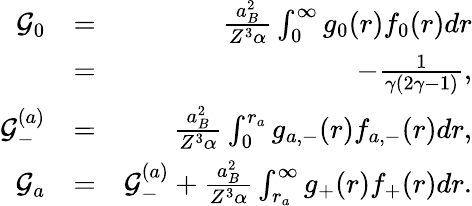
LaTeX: \begin{array}{rlr}{\mathcal{G}_{0}}&{=}&{\frac{a_{B}^{2}}{Z^{3}\alpha}\int_{0}^{\infty}g_{0}(r)f_{0}(r)dr}\\ &{=}&{-\frac{1}{\gamma(2\gamma-1)},}\\ {\mathcal{G}_{-}^{(a)}}&{=}&{\frac{a_{B}^{2}}{Z^{3}\alpha}\int_{0}^{r_{a}}g_{a,-}(r)f_{a,-}(r)dr,}\\ {\mathcal{G}_{a}}&{=}&{\mathcal{G}_{-}^{(a)}+\frac{a_{B}^{2}}{Z^{3}\alpha}\int_{r_{a}}^{\infty}g_{+}(r)f_{+}(r)dr.}\end{array}